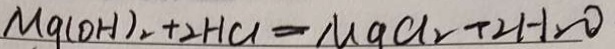
M g ( O H ) _ { 2 } + 2 H C l = M G C l _ { 2 } + 2 H _ { 2 } O